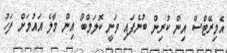
އެމިރޭޓްސް އިން ކުރިން ބުނެފައި ވަނީ ކޮލަމްބޯ އިން މާލެ އައުމަށް ފަހު